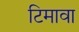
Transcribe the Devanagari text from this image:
टिमावा